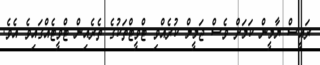
ރައީސް ޔާމީން ކަމަށް ވެސް ޖަމީލް ކުރެއްވި ޓްވީޓްތަކުގެ ތެރެއިން ޓްވީޓެއްގައިވެ އެވެ.